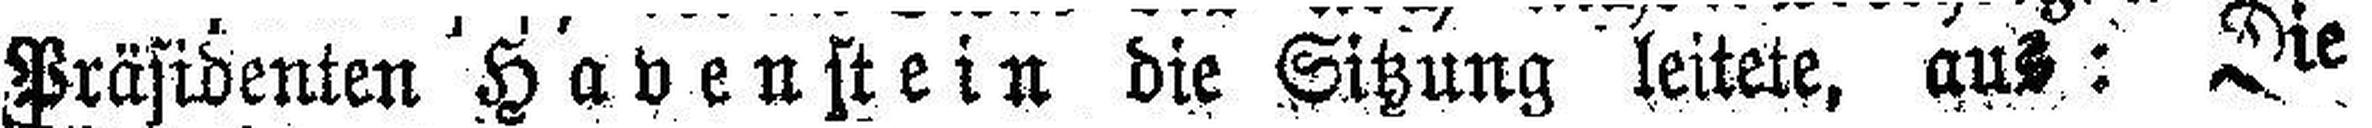
Präsidenten Havenstein die Sitzung leitete, aus: Die